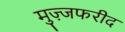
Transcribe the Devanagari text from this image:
मुज़्जफरीद